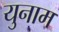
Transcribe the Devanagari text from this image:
युनाम